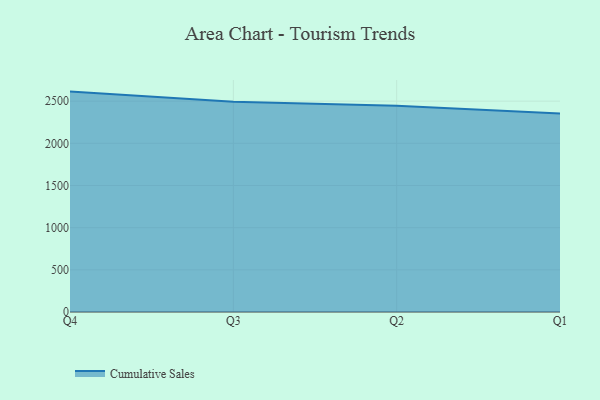
{"axis": {"x": "Quarter", "y": "Operating Costs (USD K)"}, "legend": ["Cumulative Sales"], "data": [{"x": "Q4", "y": 2613.2, "type": "Cumulative Sales"}, {"x": "Q3", "y": 2493.9, "type": "Cumulative Sales"}, {"x": "Q2", "y": 2444.6, "type": "Cumulative Sales"}, {"x": "Q1", "y": 2353.9, "type": "Cumulative Sales"}]}